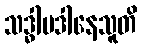
သဒ္ဓါပဒါနေသူတိ